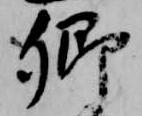
卿